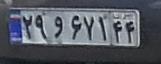
۲۹و۶۷۱۴۴